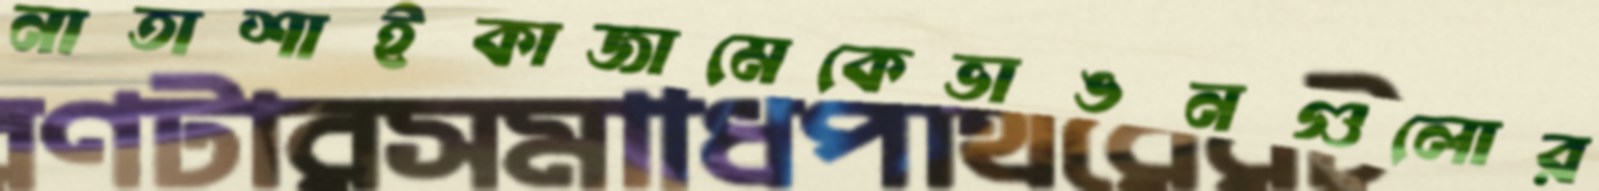
নাতাশাইকাজামেকেভাঙনগুলোর